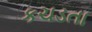
કચડતા